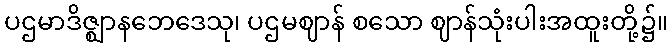
ပဌမာဒိဇ္ဈာနဘေဒေသု၊ ပဌမဈာန် စသော ဈာန်သုံးပါးအထူးတို့၌။